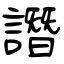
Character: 譖